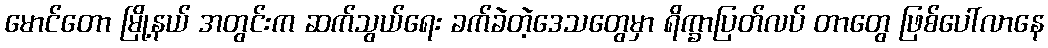
မောင်တော မြို့နယ် အတွင်းက ဆက်သွယ်ရေး ခက်ခဲတဲ့ဒေသတွေမှာ ရိက္ခာပြတ်လပ် တာတွေ ဖြစ်ပေါ်လာနေ